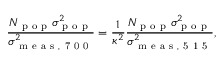
\frac { N _ { \mathrm { ~ p ~ o ~ p ~ } } \sigma _ { \mathrm { ~ p ~ o ~ p ~ } } ^ { 2 } } { \sigma _ { \mathrm { ~ m ~ e ~ a ~ s ~ , ~ 7 ~ 0 ~ 0 ~ } } ^ { 2 } } = \frac { 1 } { \kappa ^ { 2 } } \frac { N _ { \mathrm { ~ p ~ o ~ p ~ } } \sigma _ { \mathrm { ~ p ~ o ~ p ~ } } ^ { 2 } } { \sigma _ { \mathrm { ~ m ~ e ~ a ~ s ~ , ~ 5 ~ 1 ~ 5 ~ } } ^ { 2 } } ,